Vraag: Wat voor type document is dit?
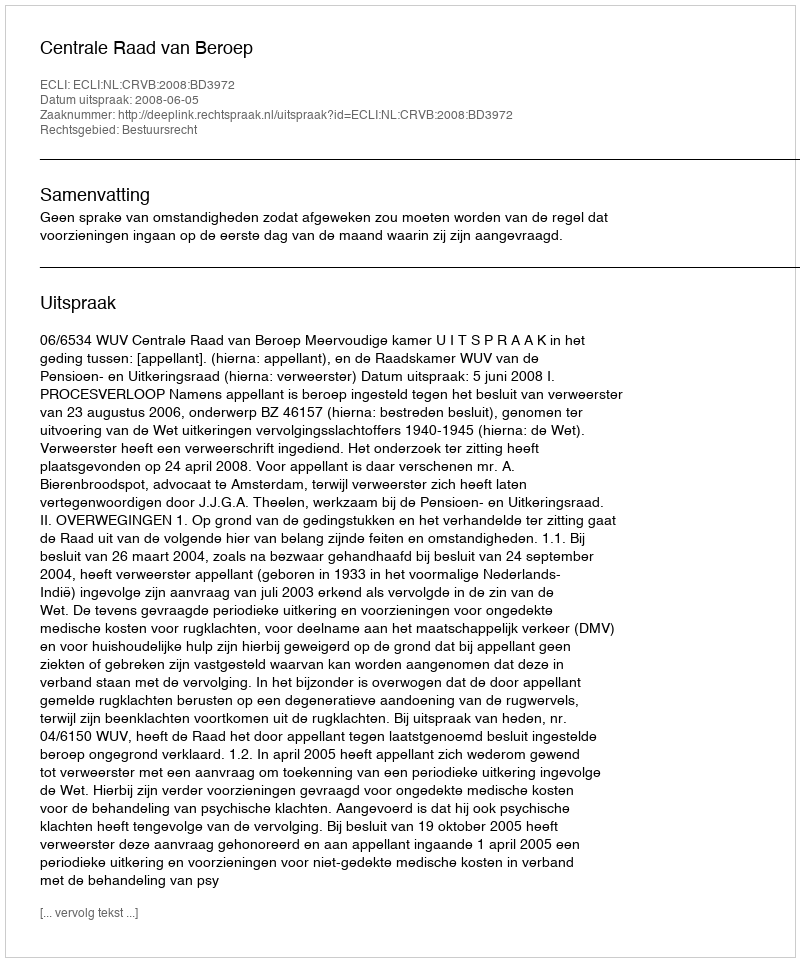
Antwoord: Uitspraak